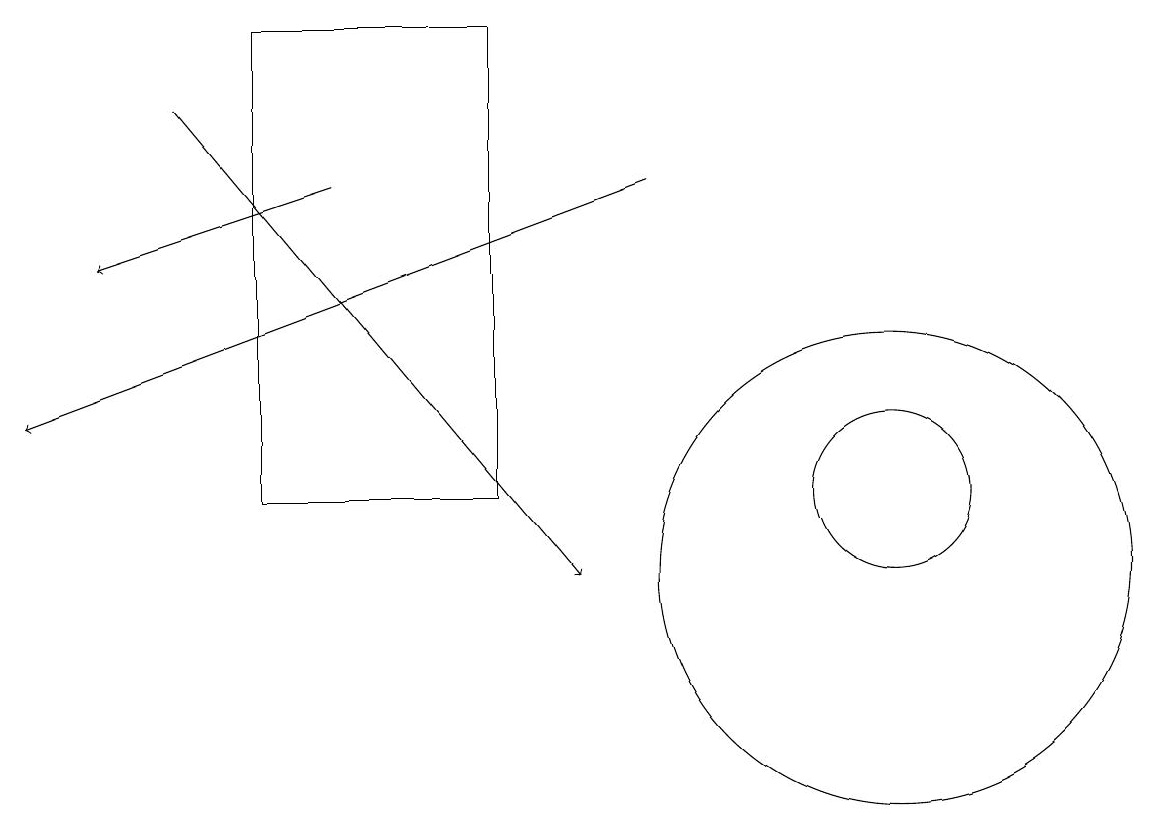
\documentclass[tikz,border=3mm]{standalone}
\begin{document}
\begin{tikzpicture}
\draw[->] (8,15) -- (0,12);
\draw[->] (4,15) -- (1,14);
\draw[->] (2,16) -- (7,10);
\draw (3,17) rectangle (6,11);
\draw (11,11) circle (1);
\draw (11,10) circle (3);
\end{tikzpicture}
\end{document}